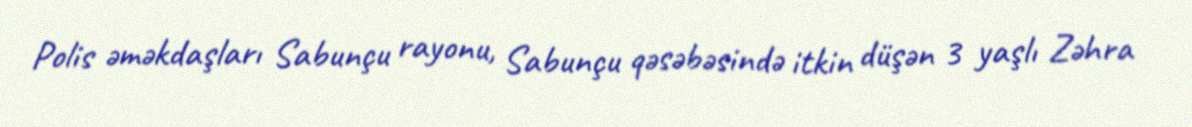
Polis əməkdaşları Sabunçu rayonu, Sabunçu qəsəbəsində itkin düşən 3 yaşlı Zəhra